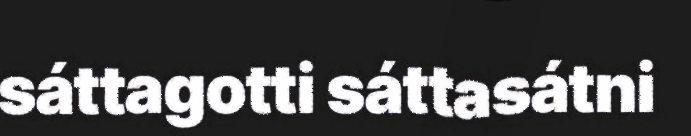
sáttagotti sáttasátni